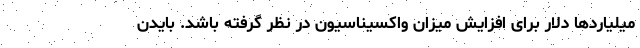
میلیاردها دلار برای افزایش میزان واکسیناسیون در نظر گرفته باشد. بایدن